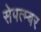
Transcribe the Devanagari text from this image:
सेपत्म्बर